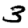
Digit: 3